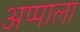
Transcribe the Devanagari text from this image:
अप्पाला